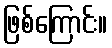
ဖြစ်ကြောင်း။